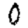
Digit: 0